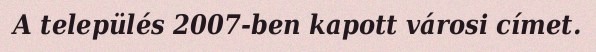
A település 2007-ben kapott városi címet.